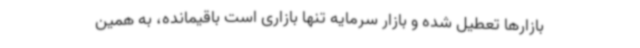
بازارها تعطیل شده و بازار سرمایه تنها بازاری است باقیمانده، به همین